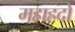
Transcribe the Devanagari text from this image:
महाह्रदो